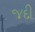
જદી